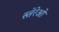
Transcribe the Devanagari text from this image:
स्तेरेओ